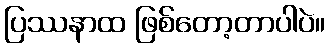
ပြဿနာထ ဖြစ်တော့တာပါပဲ။